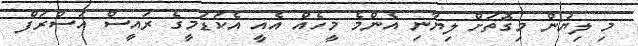
މި ލިޔުން މިގޮތަށް ލިޔާނި އެންމެ މީހެއް އެއީ އެކަޑަމީގެ ރައީސް އަސްރަފް